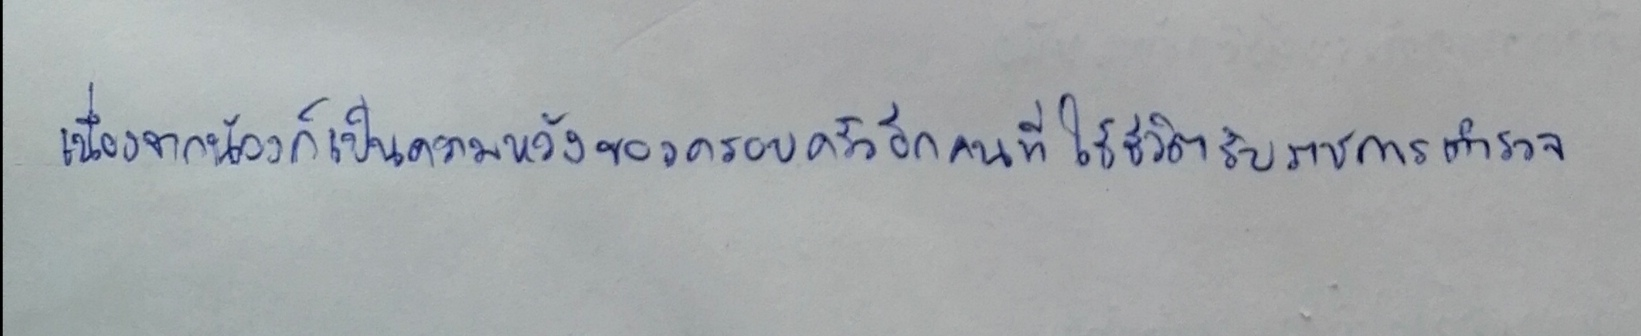
เนื่องจากน้องก็เป็นความหวังของครอบครัวอีกคนที่ใช้ชีวิตรับราชการตำรวจ